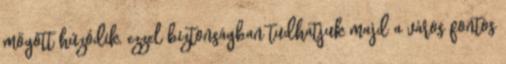
mögött húzódik, ezzel biztonságban tudhatjuk majd a város fontos